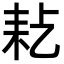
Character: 𦓪